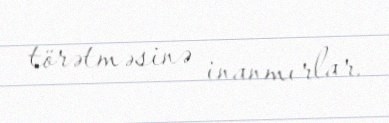
törətməsinə inanmırlar.